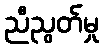
ညီညွတ်မှု